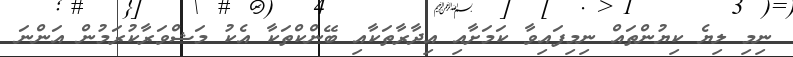
ނިމި ލިޔެ ކިޔުންތައް ނިމިފައިވާ ކަމަށާއި އިދާރާތަކާއި ބޭންކްތަކާ އެކު މަޝްވަރާކުރަމުން އަންނަ